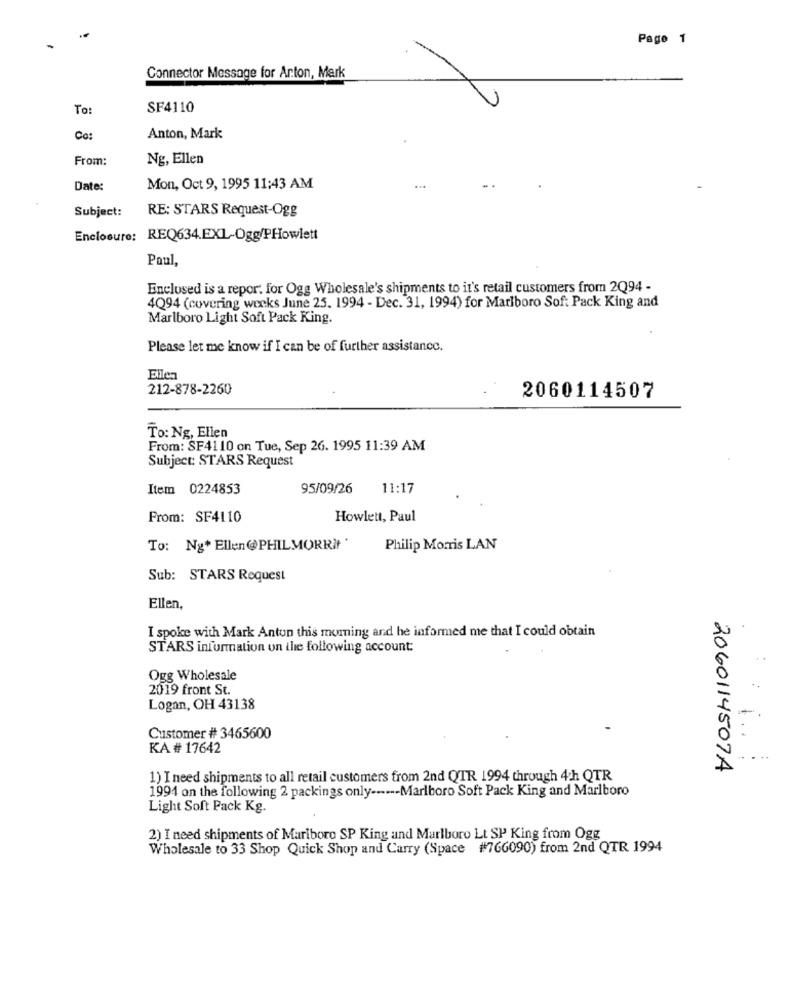
Page 1
Connector Message for Arton, Mark
To:
SF4110
Co:
Anton, Mark
From:
Ng, Ellen
Date:
Mon, Oct 9, 1995 11:43 AM
Subject:
RE: STARS Request-Ogg
Enclosure: REQ634.EXL-Ogg/PHowlett
Poul,
Enclosed is a repor. for Ogg Wholesale's shipments to it's retail customers from 2Q94 -
4Q94 (covering weeks June 25. 1994 - Dec. 31, 1994) for Marlboro Sof: Pack King and
Marlboro Light Soft Pack King.
Please let me know if I can be of further assistance.
212-878-2260
2060114507
To: Ng, Ellen
From: SF4110 on Tue, Sep 26. 1995 11:39 AM
Subject: STARS Request
Item 0224853
95/09/26
11:17
From: SF4110
Howlett, Paul
To: Ng* Ellen@@PHILMORRIt'
Philip Morris LAN
Sub: STARS Request
Ellen,
I spoke with Mark Antun this moming and he informed me that I could obtain
STARS information on the following account:
Ogg Wholesale
2019 front St.
..
Logan, OH 43138
Customer # 3465600
KA # 17642
2060114507A
1) I need shipments to all retail customers from 2nd QTR 1994 through 4th QTR
1994 on the following 2 packings only ------ Marlboro Soft Pack King and Marlboro
Light Soft Pack Kg.
2) I need shipments of Marlboro SP King and Marlboro Lt SP King from Ogg
Wholesale to 33 Shop Quick Shop and Carry (Space #766090) from 2nd QTR 1994